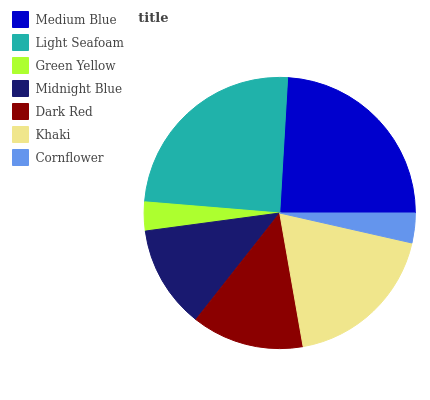
| Medium Blue | Light Seafoam | Green Yellow | Midnight Blue | Dark Red | Khaki | Cornflower |
 | --- | --- | --- | --- | --- | --- | --- |
 | 24% | 24.7% | 3.44% | 12.3% | 13.4% | 18.6% | 3.55% |